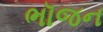
ભૉજન